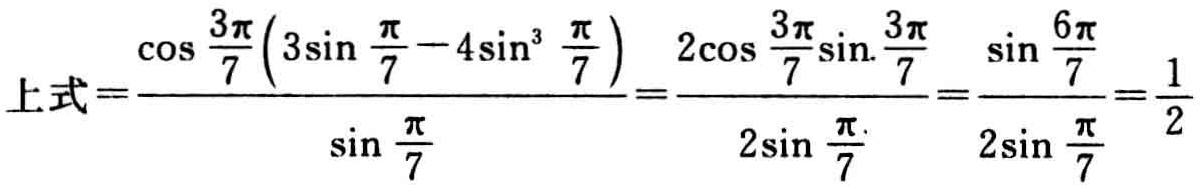
上式\(=\frac{\cos\frac{3\pi}{7}(3\sin\frac{\pi}{7}-4\sin^{3}\frac{\pi}{7})}{\sin\frac{\pi}{7}}=\frac{2\cos\frac{3\pi}{7}\sin\frac{3\pi}{7}}{2\sin\frac{\pi}{7}}=\frac{\sin\frac{6\pi}{7}}{2\sin\frac{\pi}{7}}=\frac{1}{2}\)